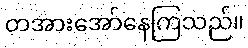
တအားအော်နေကြသည်။